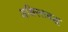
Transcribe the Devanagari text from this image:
अशिस्तबद्ध